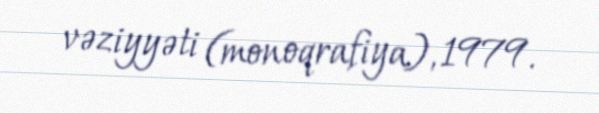
vəziyyəti (monoqrafiya), 1979.